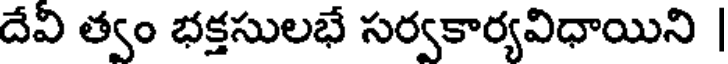
దేవి త్వం భక్తసులభే సర్వకార్యవిధాయిని |